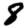
Digit: 8